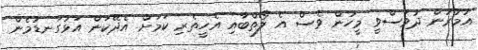
އުމުރުން ދުވަސްވީ މީހުން ވެސް އެ ލޯތްބާއި އެހީތެރި ކަމަށް އެދޭކަން އަޅުގަނޑުމެން